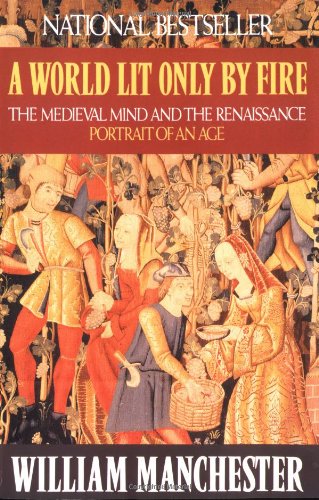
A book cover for A World Lit Only by Fire: The Medieval Mind and the Renaissance: Portrait of an Age; William Manchester; Literature & Fiction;